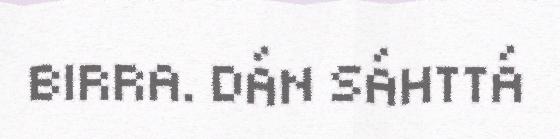
BIRRA. DÁN SÁHTTÁ